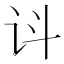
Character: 𬣟